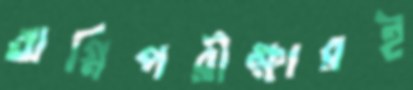
অগ্নিপরীক্ষারই